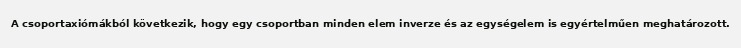
A csoportaxiómákból következik, hogy egy csoportban minden elem inverze és az egységelem is egyértelműen meghatározott.